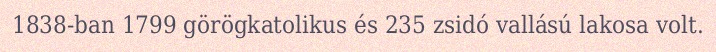
1838-ban 1799 görögkatolikus és 235 zsidó vallású lakosa volt.